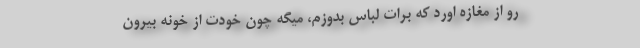
رو از مغازه اورد که برات لباس بدوزم، میگه چون خودت از خونه بیرون